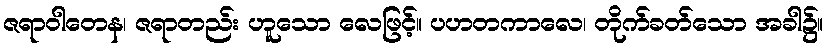
ဇရာဝါတေန၊ ဇရာတည်း ဟူသော လေဖြင့်။ ပဟတကာလေ၊ တိုက်ခတ်သော အခါ၌။